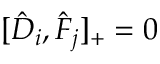
[ \hat { D } _ { i } , \hat { F } _ { j } ] _ { + } = 0